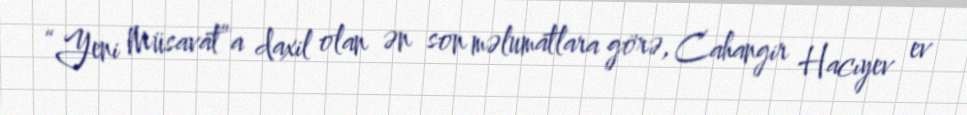
“Yeni Müsavat”a daxil olan ən son məlumatlara görə, Cahangir Hacıyev ev